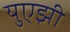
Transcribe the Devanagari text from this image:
युएझी